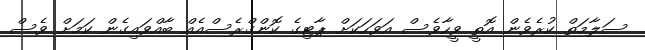
ސަލާމަތް ކުރެވެން އޮތީ ވީހާވެސް އަވަހަކަށް ޕާޓިގެ ކޮންގްރެސްއެއް ބާއްވައިގެން ކަމަށް ވެސް